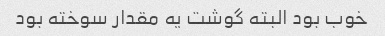
خوب بود البته گوشت یه مقدار سوخته بود